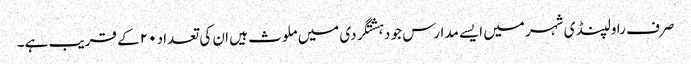
صرف راولپنڈی شہر میں ایسے مدارس جو دہشتگردی میں ملوث ہیں ان کی تعداد ۲۰ کے قریب ہے۔